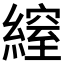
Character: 𦄔